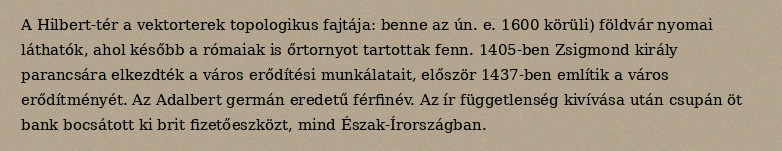
A Hilbert-tér a vektorterek topologikus fajtája: benne az ún. e. 1600 körüli) földvár nyomai láthatók, ahol később a rómaiak is őrtornyot tartottak fenn. 1405-ben Zsigmond király parancsára elkezdték a város erődítési munkálatait, először 1437-ben említik a város erődítményét. Az Adalbert germán eredetű férfinév. Az ír függetlenség kivívása után csupán öt bank bocsátott ki brit fizetőeszközt, mind Észak-Írországban.